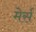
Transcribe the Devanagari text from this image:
मेर्स